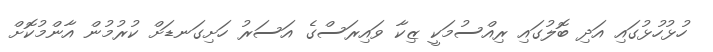
ހުޅުހުޅުގައި އަދި ބޮލުގައި ރިއްސުމަކީ ޒިކާ ވައިރަސްގެ އަސަރު ހަށިގަނޑަށް ކުރުމުން އާންމުކޮށް